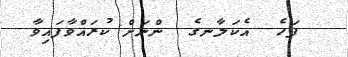
ފަހެ  އެކަލާނގެ  ންނަށް ކުރައްވާފައިވާ